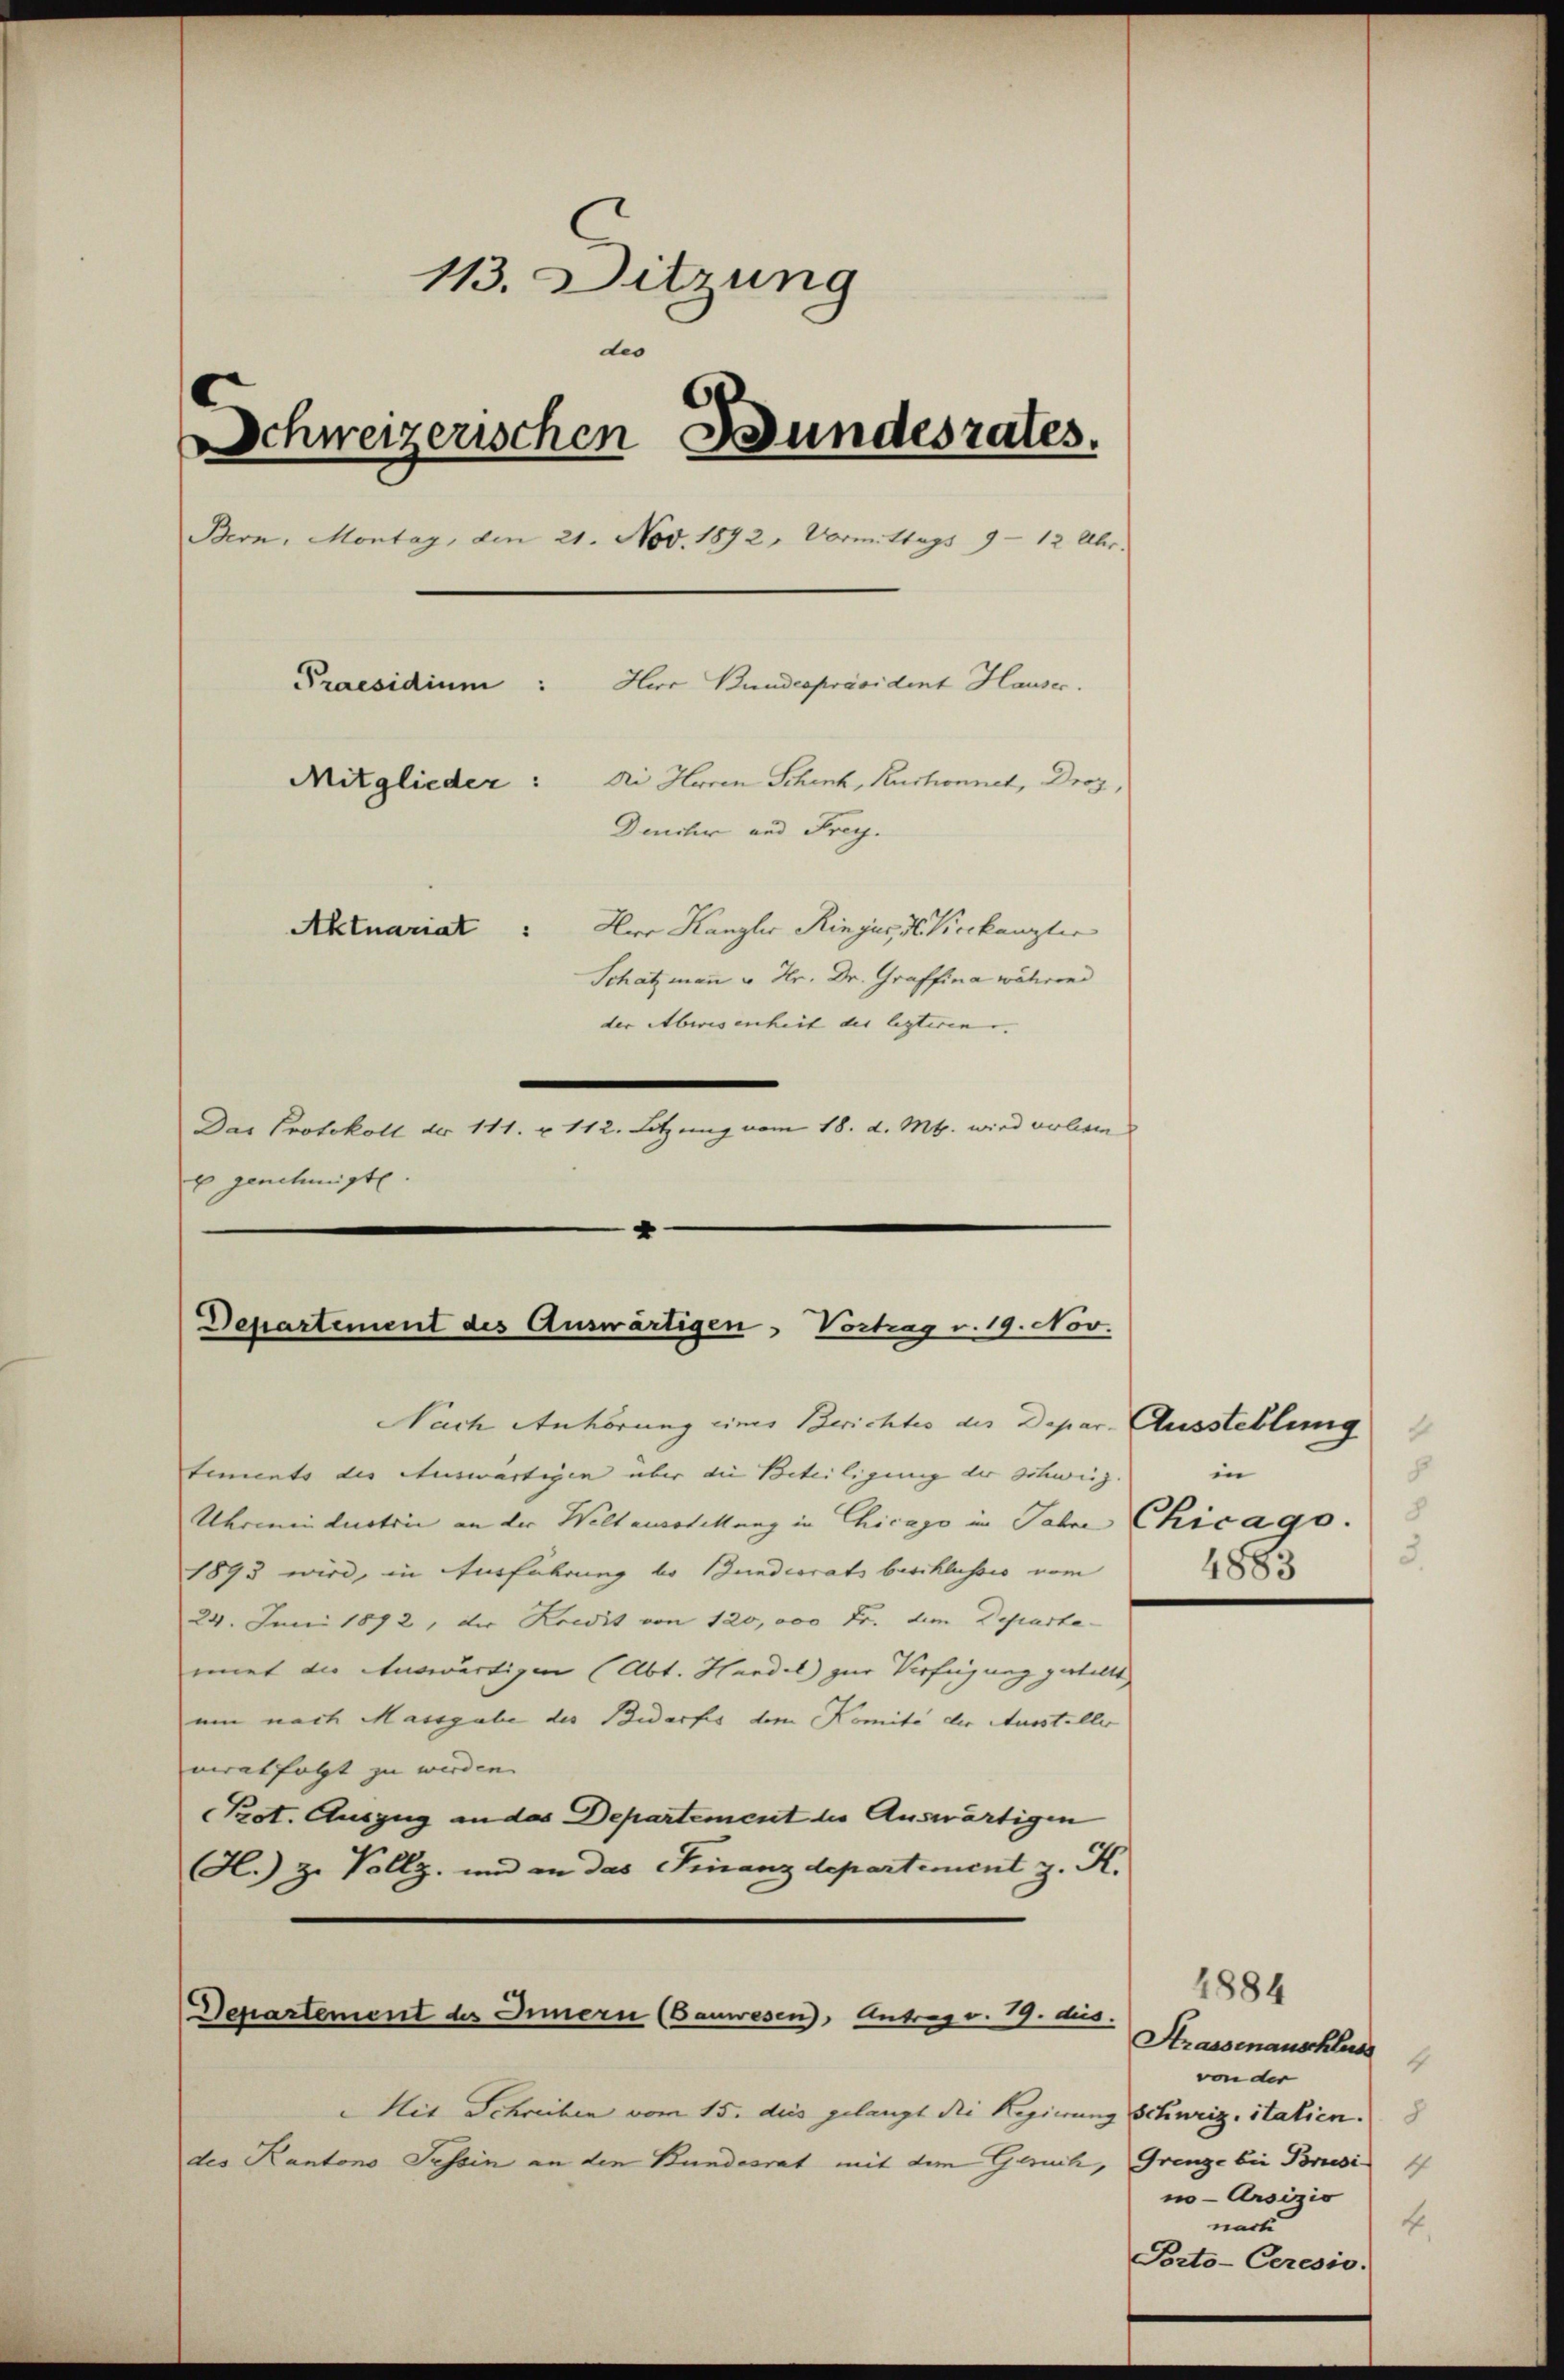
Nach Anhörung eines Berichtes des Depar-Ausstellung
tements der Auswärtigen über die Beteiligung der Schweiz.
Uhrmnindustrie an der Welterstehung in Chicago in Jahre Chicago.
1893 wird, in Ausführung be Bundesrats beschlusses vom
24. Juni 1872, der Rocdit von 120,000 Fr. dem Departa
miet die Auswärtigen (Abt. Handel zur Verfügung gestellt
um nach Massgabe des Bedarfes dem Komité der Aussteller
virat folgt zu werden.
Prot. Auszug an das Departement die Auswärtigen
H.) zu Vollz, und an das Finanzdepartement z. K.

113. Sitzung
dio
Schweizerischen Bundesrates.
Bern, Montag, den 21. Nov. 1872, Vormittags 9 - 12 Uhr.
Praesidium:
Herr Bundespräsident Hauser.
Mitglieder:
Di Herren Schenk, Ruchonnet, Droz,
Dencher und Frey.
Aktuariat Herr Kanzler Ringus, d. Vicekanzler
Schatzmann u. Hr. Dr. Graffina während
der Abwesenheit der lezteren |
Das Protokoll der 111. u. 112. Letzung vom 18. d. Mt. wird verlei

x genehmigt.

Departement des Auswärtigen, Vortrag v. 19. Nov.

Departement des Innern (Bauwesen, Antrag v. 19. dies.

Mit Schreiben vom 15. dies gelangt die Regierung Schweiz, italien.
des Kantons Tessin an den Bundesrat mit dem Geruch, Grenze bei Priesi

in
8
3.
1883

Strassenanschluss
von der
no- Ansizio
4
nach
Porto-Ceresio.

1884